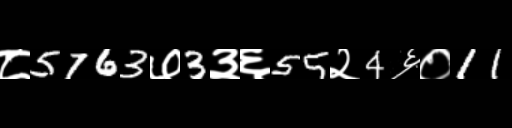
Text: ८5763७3३६55२4६०11